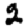
Digit: 2